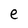
Character: e